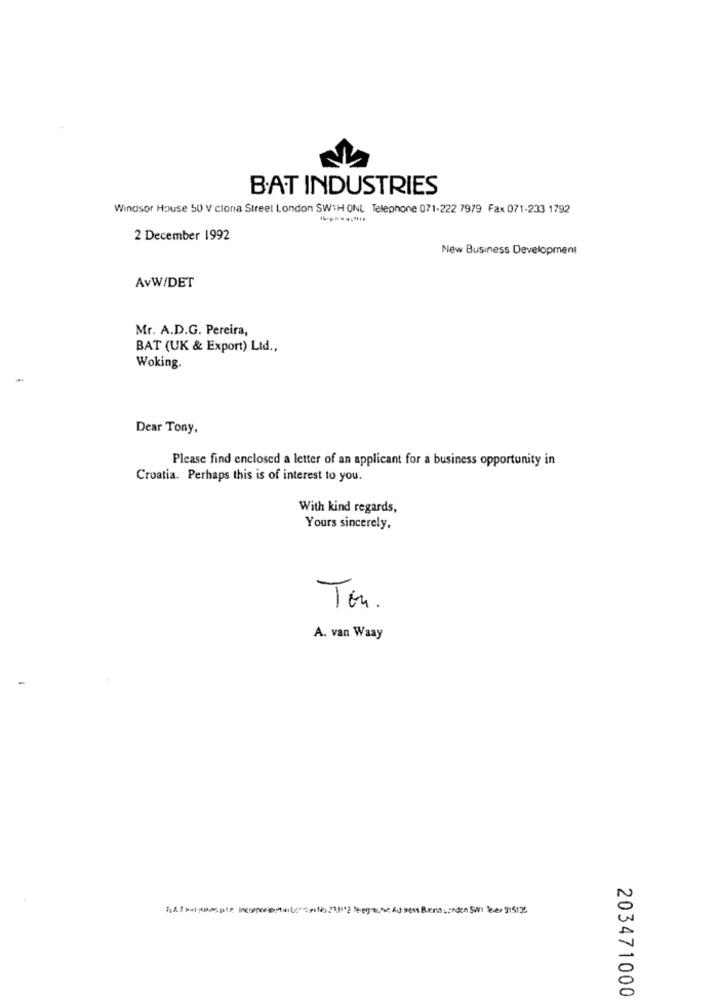
B.AT INDUSTRIES
Windsor House 50 V clona Street London SW:HONL Telephone 071-222 7979 Fax 071-233 1792
2 December 1992
New Business Development
AvW/DET
Mr. A.D.G. Pereira,
BAT (UK & Export) Ltd .,
Woking.
Dear Tony.
Please find enclosed a letter of an applicant for a business opportunity in
Croatia. Perhaps this is of interest to you.
With kind regards,
Yours sincerely,
Ton.
A. van Waay
Fiatalposate incoprestato"piles?)12 Rega,se Ad ress BenoLondon SW leer 915175
203471000